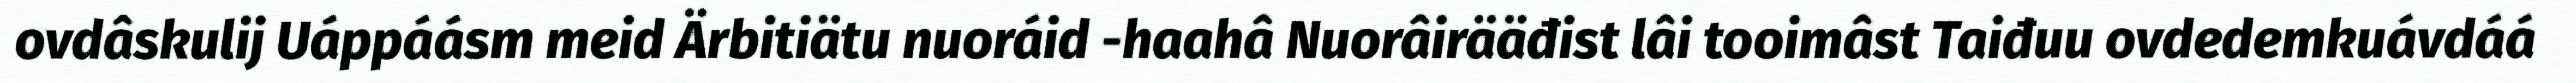
ovdâskulij Uáppáásm meid Ärbitiätu nuoráid -haahâ Nuorâirääđist lâi tooimâst Taiđuu ovdedemkuávdáá